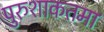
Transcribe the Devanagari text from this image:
पुरुशाकतमा